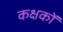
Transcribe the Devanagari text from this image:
कक्षकों